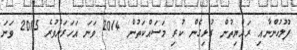
ފުލުހުންނާއި ރައްޔިތުން ގުޅިގެން ކުރި މަސައްކަތުން 2014 ވަނަ އަހަރަށްވުރެ 2015 ވަނަ